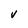
Character: v